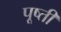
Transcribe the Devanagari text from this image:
पूष्ती